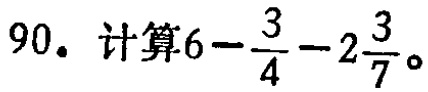
$90. \text{ 计算}6 - \frac{3}{4} - 2\frac{3}{7}。$